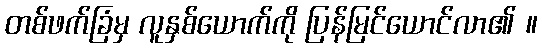
တစ်ဖက်ခြံမှ လူနှစ်ယောက်ကို ပြန်မြင်ယောင်လာ၏ ။